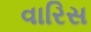
વારિસ